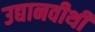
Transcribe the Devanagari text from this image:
उद्यानवीथी